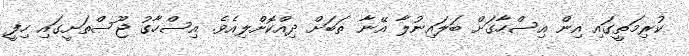
ކުރިމަތީގައި އިން އިސްހާގަށް ބަލައިނުލާ އޭނާ ތަބަށް ދިއްކޮށްލިއެވެ. އިސްހާގު ޖޫސްތަށީގައި ހިފީ